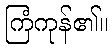
ကြံကုန်၏။